Jaan_Tonisson_(Lasteleht), lk 97
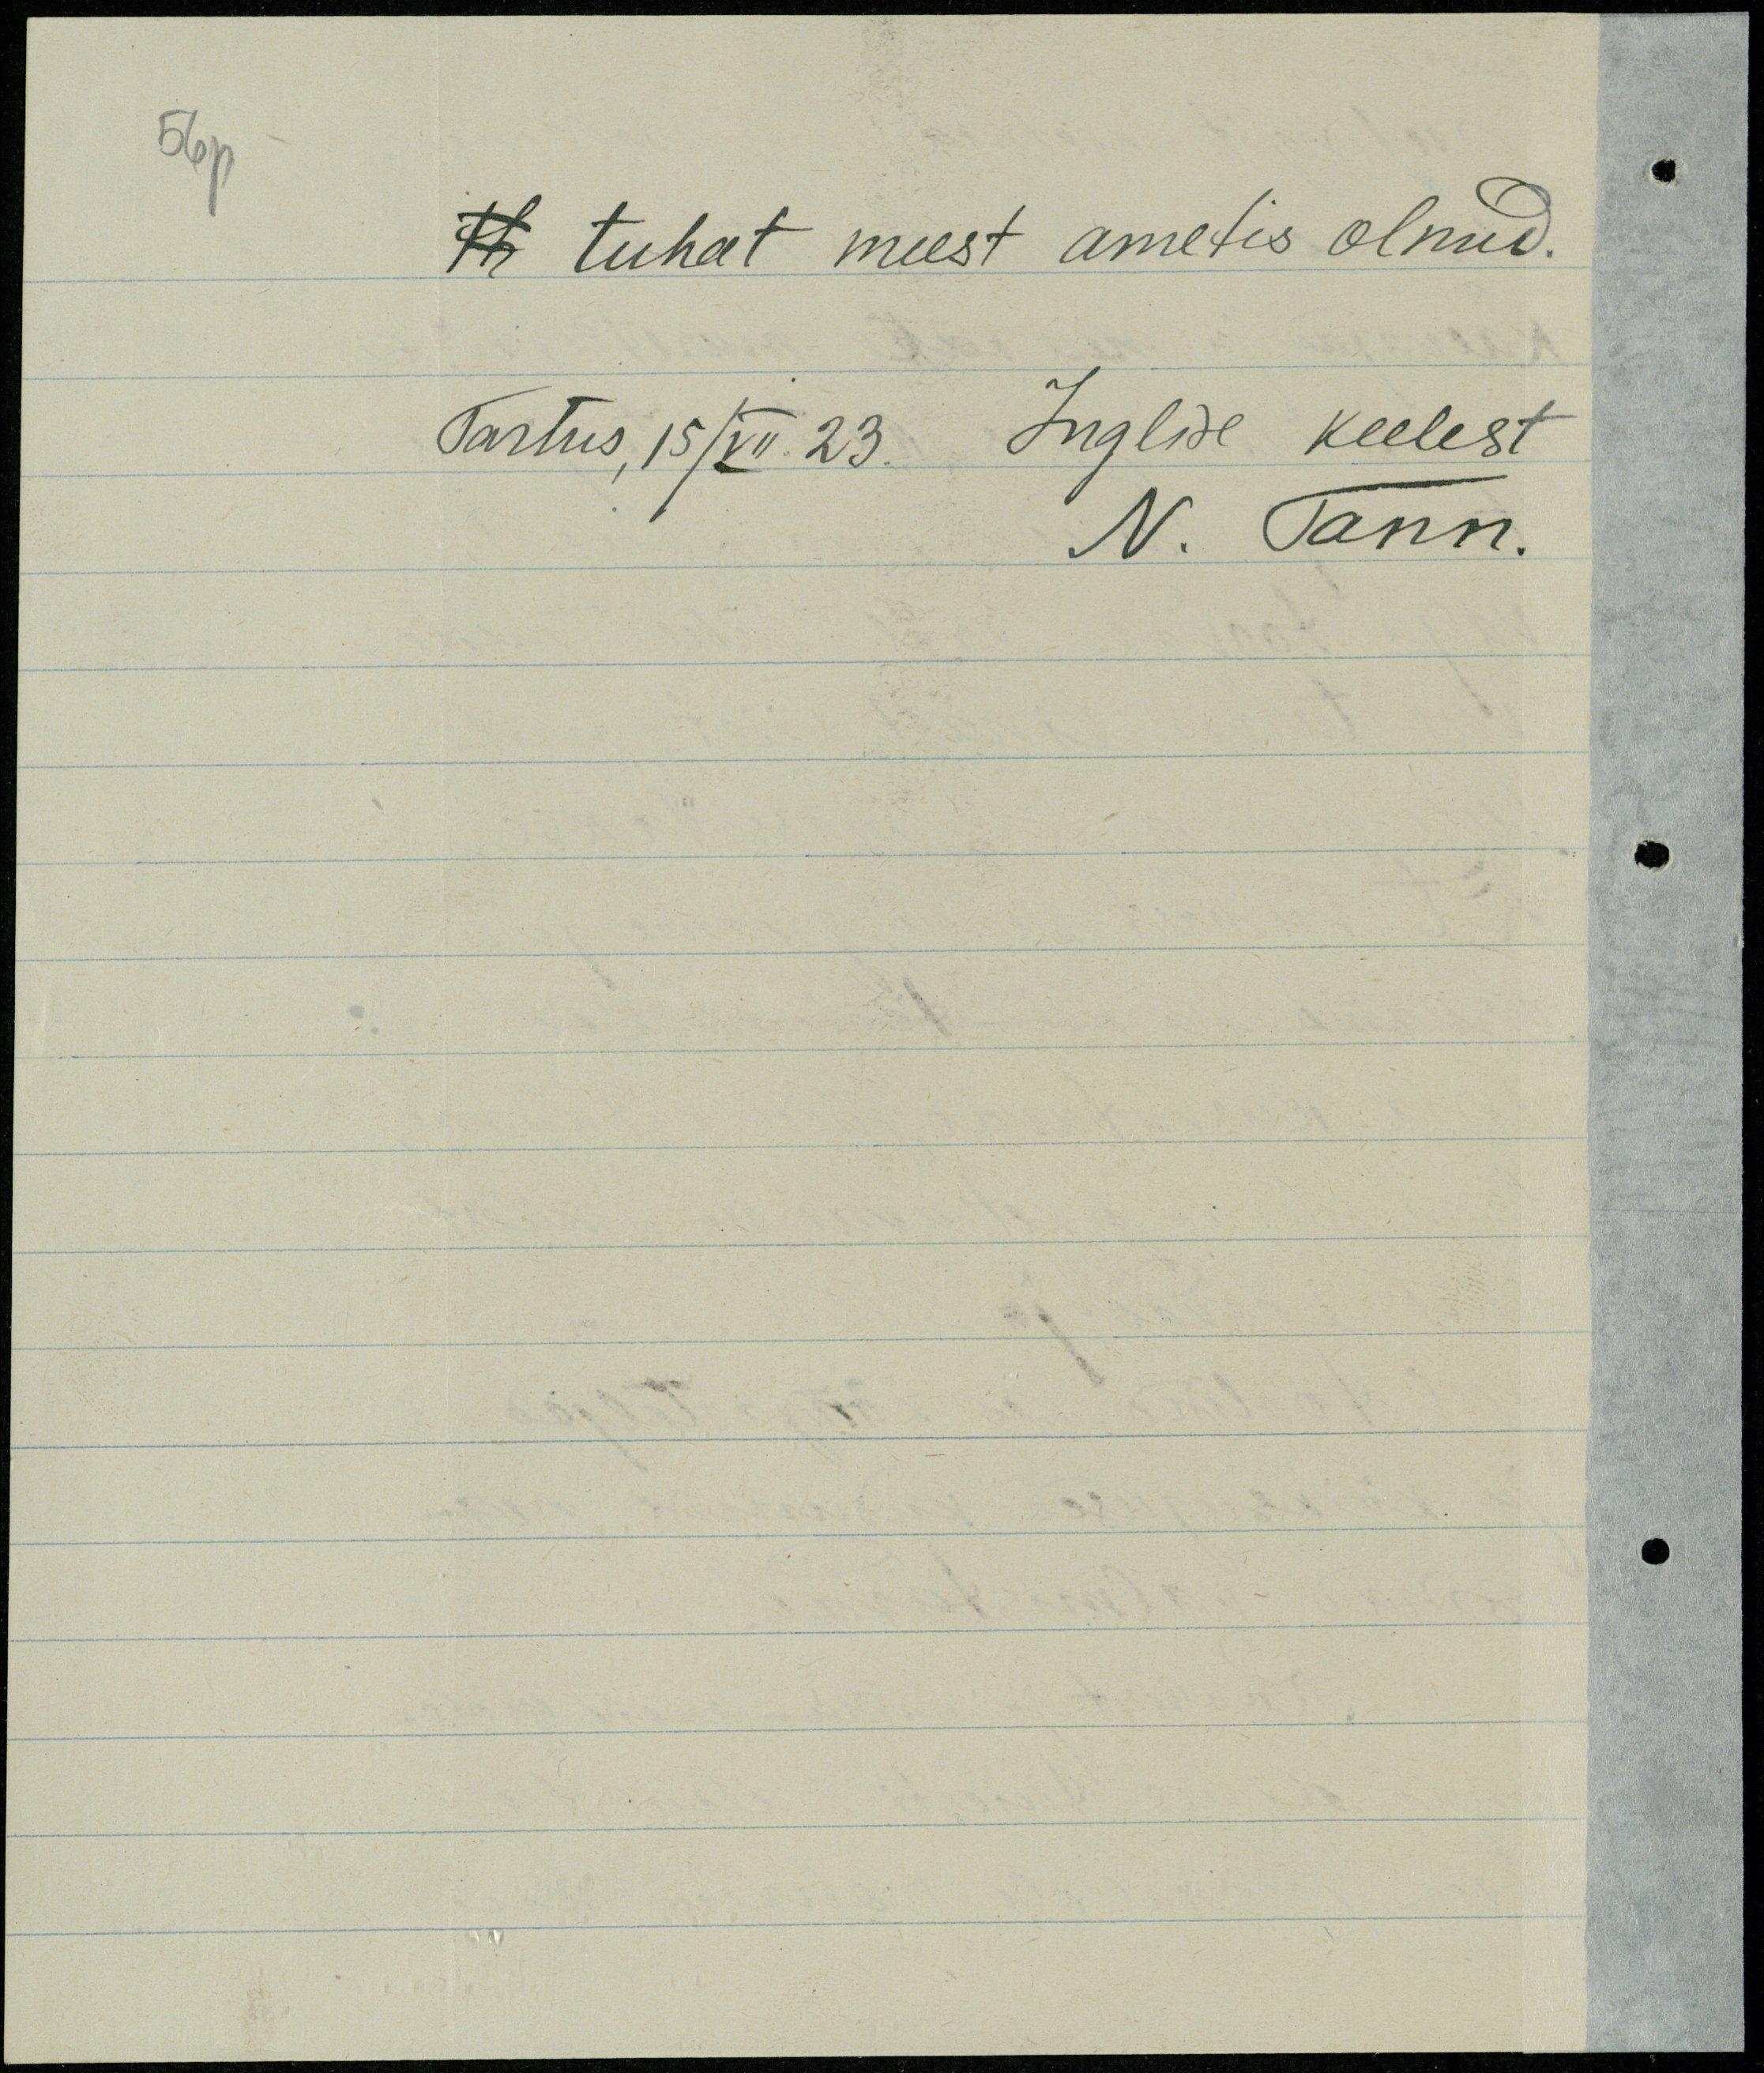
56p
th tuhat meest ametis olnud.
Tartus, 15/VII 23. Inglise keelest
N. Tann.